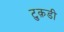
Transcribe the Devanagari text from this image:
टुक़डी